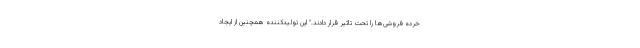
خرده فروشی‌ها را تحت تاثیر قرار دادند." این تولیدکننده همچنین از ایجاد